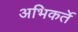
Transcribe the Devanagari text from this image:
अभिकर्ते